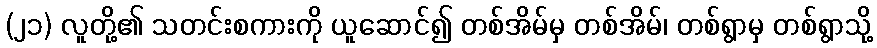
(၂၁) လူတို့၏ သတင်းစကားကို ယူဆောင်၍ တစ်အိမ်မှ တစ်အိမ်၊ တစ်ရွာမှ တစ်ရွာသို့